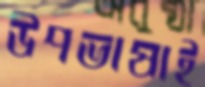
উপভাষাই